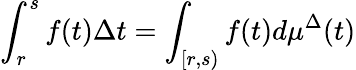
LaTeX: \int_{r}^{s}f(t)\Delta t=\int_{[r,s)}f(t)d\mu^{\Delta}(t)